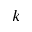
k